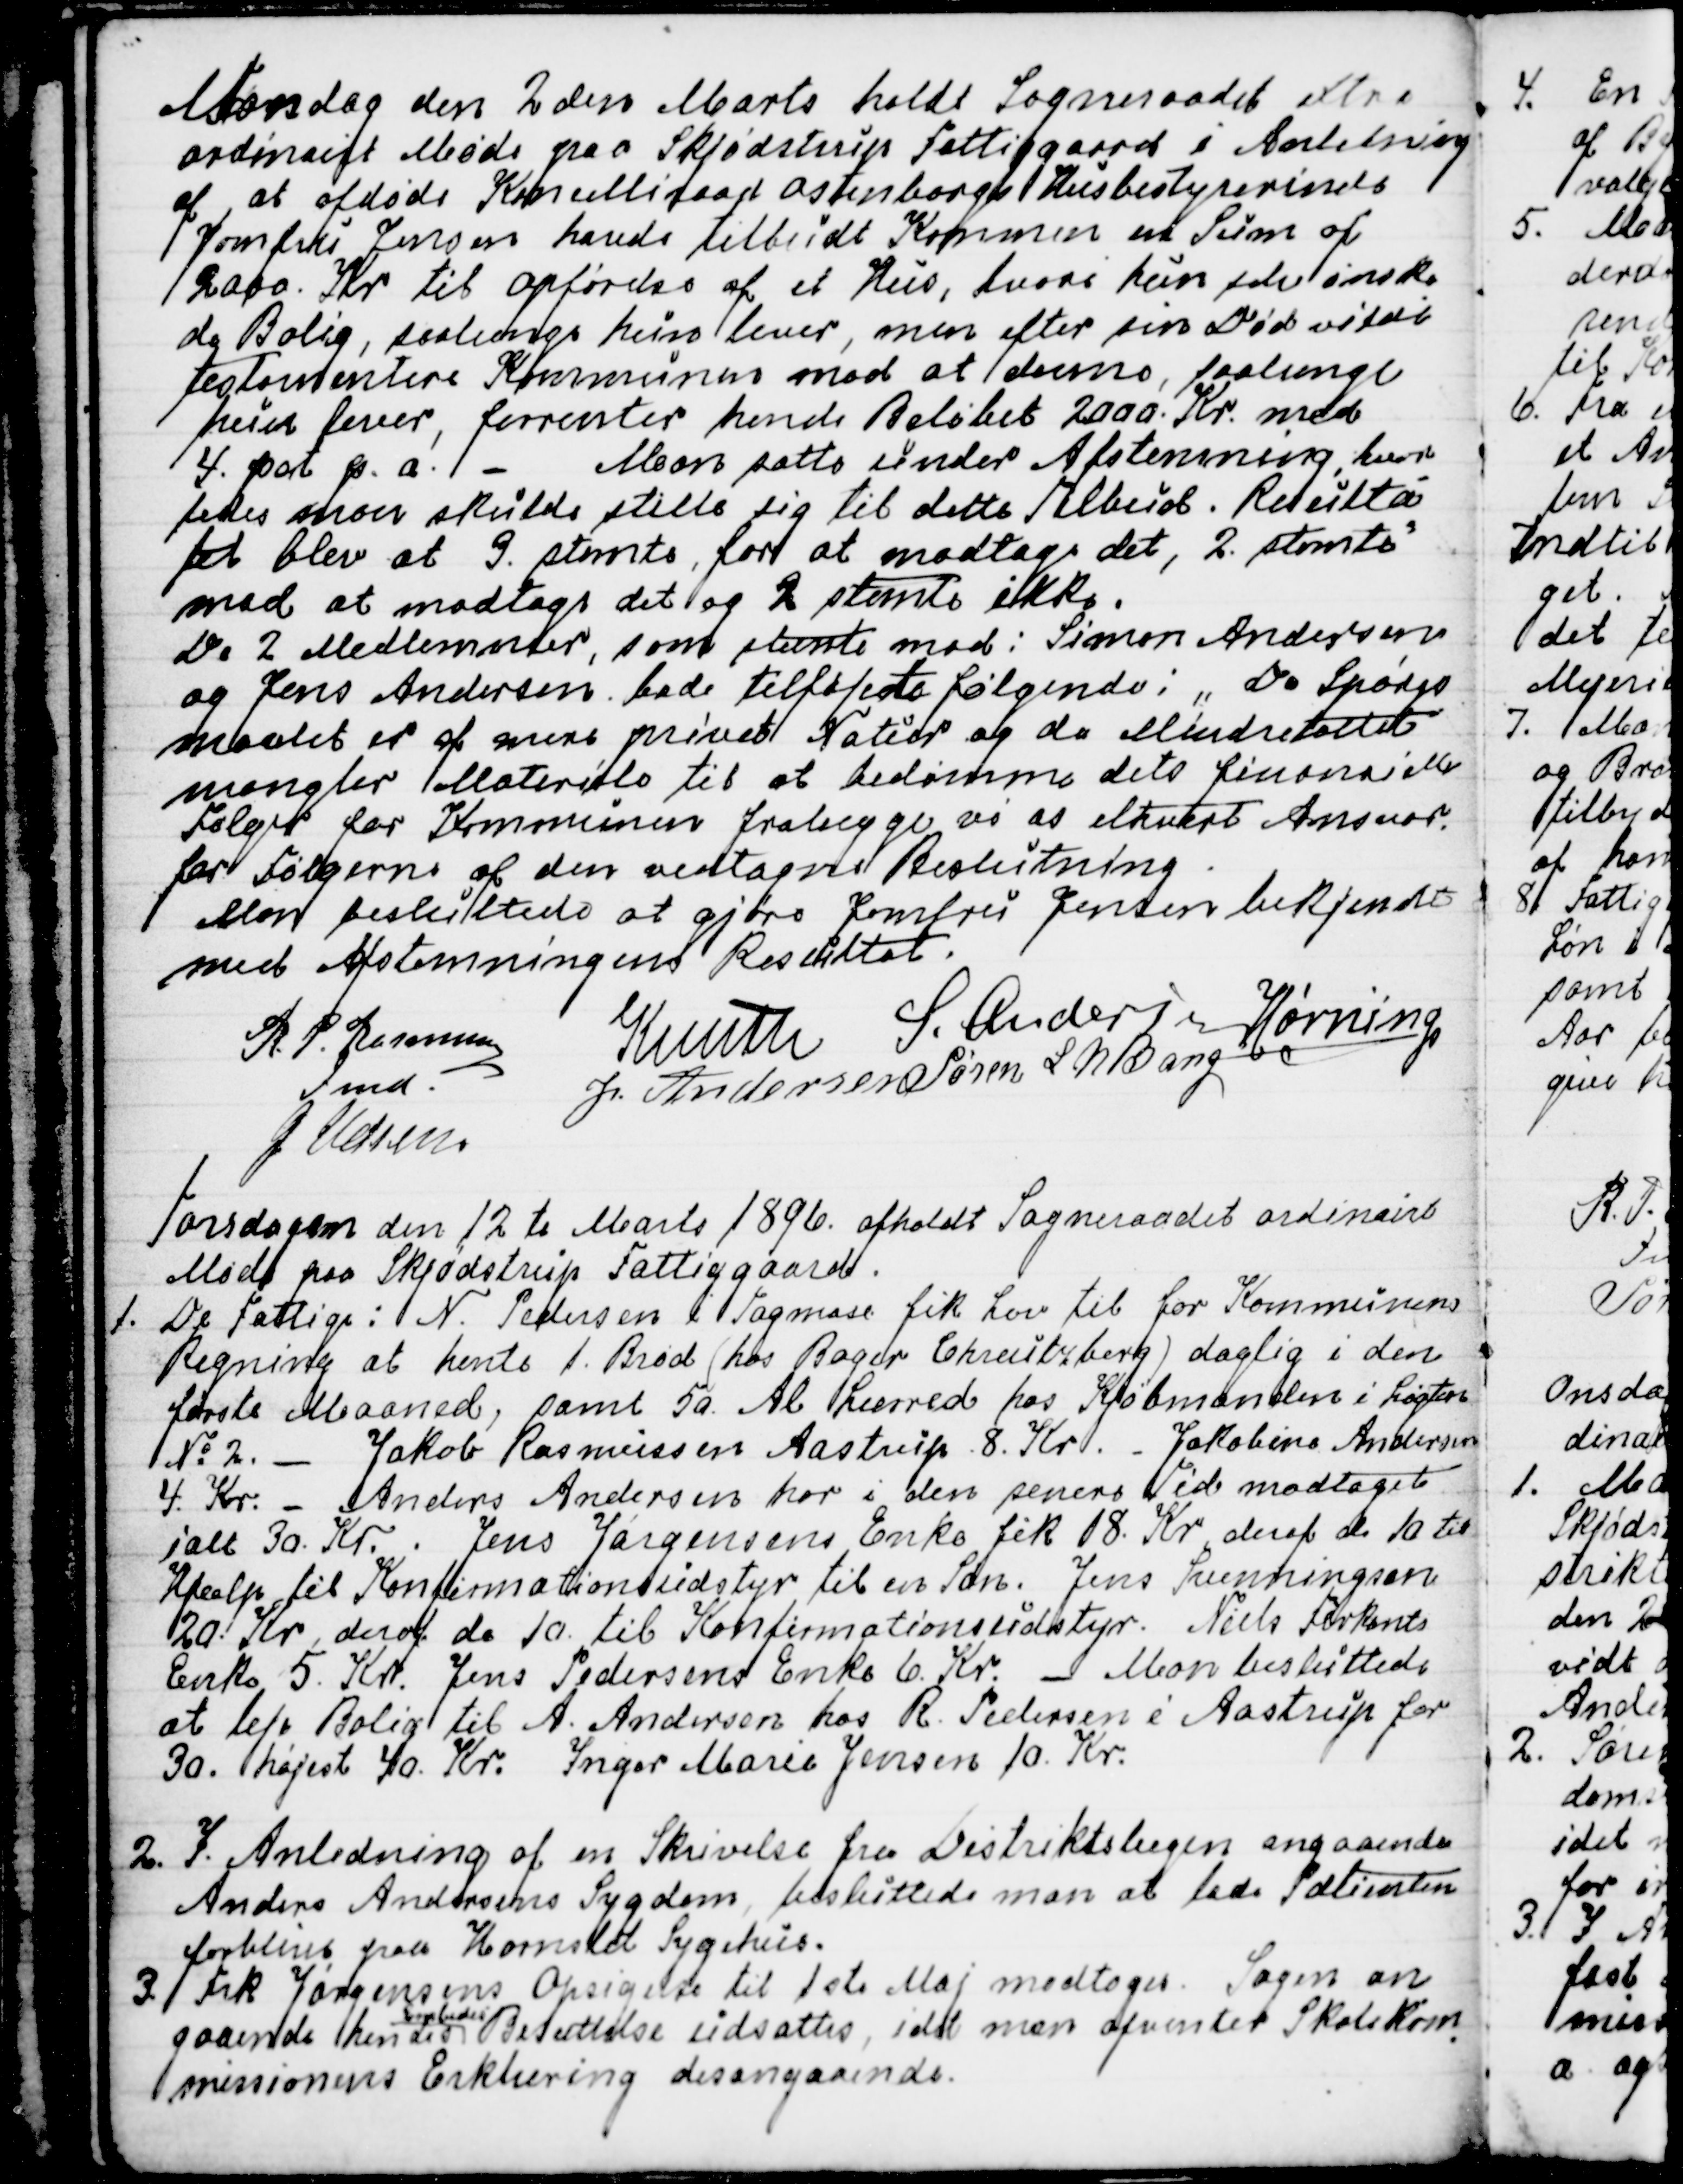
Transskription:
Mandag den 2den Marts holdt Sogneraadet extra
ordinairt Møde paa Skjødstrup Fattiggaard i Anledning
af at afdøde Kancelliraad Ostenborgs Husbestyrerinde
Jomfru Jensen havde tilbudt Komunen en Sum af
2000. Kr til opførelse af et Hus, hvori hun selv ønske
de Bolig, saalænge hun lever, men efter sin Død vilde
testamentere Kommunen mod at denne, saalænge
hun lever, forrenter hende Beløbet 2000. Kr. med
4 pct p. a. 
Man satte under Afstemning, hvor
-
ledes man skulde stille sig til dette Tilbud. Resulta
=
tet blev at 3. stemte for at modtage det, 2. stemte 
mod at modtage det og 2 stemte ikke.
De 2 Medlemmer, som stemte mod: Simon Andersen
og Jens Andersen bade tilføjet følgende: "Da Spørgs
maalet er af mere privat Natur og da Mindretallet
mangler Materiale til at bedømme dets finansielle
Følger for Kommunen fralægge vi os ethvert Ansvar.
for Følgerne af den vedtagne Beslutning.
Man besluttede at gjøre Jomfru Jensen bekjendt
med Afstemningens Resultat.
R. P. Rasmussen
Fmd.
Knuth
S. Andersen
Hørning
J Andersen
Søren L N Bang
J Udsen

Torsdagen den 12 te Marts 1896. afholdt Sogneraadet ordinairt
Møde paa Skjødstrup Fattiggaard.
1. De Fattige: N. Pedersen i Tagmose fik Lov til for Kommunens
Regning at hente 1. Brød (hos Bager Chreutzberg) daglig i den
første Maaned, samt 50 Al Lærred hos Kjøbmanden i Løgten
№ 2. 
Jakob Rasmussen Aastrup 8. Kr. 
Jakobine Andersen
4 Kr. 
Anders Andersen har i den senere Tid modtaget
ialt 30. Kr. Jens Jørgensens Enke fik 18. Kr deraf de 10 til
Hjælp til Konfirmationsudstyr til en Søn. Jens Svenningsen
20. Kr, deraf de 10. til Konfirmationsudstyr. Niels Firkants
Enke 5. Kr. Jens Pedersens Enke 6. Kr. 
Man besluttede
at leje Bolig til A. Andersen hos R. Pedersen i Aastrup for
30. højest 40. Kr.  Inger Marie Jensen 10. Kr.
2. I Anledning af en Skrivelse fra Distriktslægen angaaende
Anders Andersens Sygdom, besluttede man at lade Patienten
forblive paa Hornslet Sygehus.
3. Frk Jørgensens Opsigelse til 1 ste Maj modtages. Sagen an
=
gaaende hendes
Embedes
Besættelse udsattes, idet man afventer Skolekom
-
missionens Erklæring desangaaende.